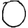
Digit: 0